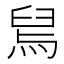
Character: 舃